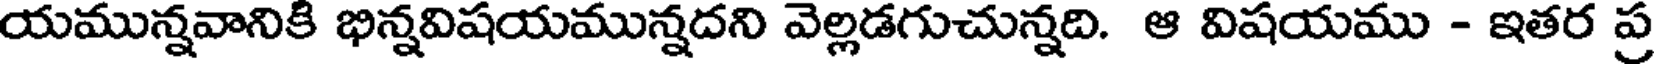
యమున్నవానికి భిన్నవిషయమున్నదని వెల్లడగుచున్నది. ఆ విషయము - ఇతర ప్ర